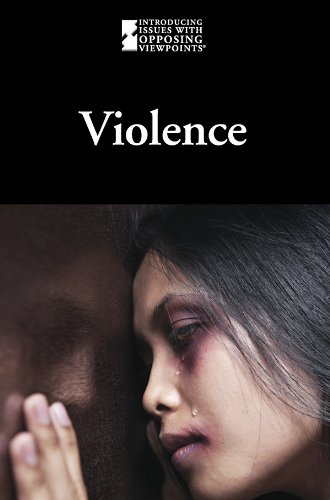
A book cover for Violence (Introducing Issues With Opposing Viewpoints); Teen & Young Adult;